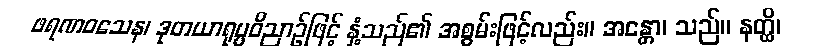
ဖရဏဝသေန၊ ဒုတယာရုပ္ပဝိညာဉ်ဖြင့် နှံ့သည်၏ အစွမ်းဖြင့်လည်း။ အန္တော၊ သည်။ နတ္ထိ၊